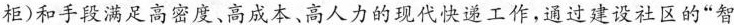
\underline{柜)和手段满足高密度、高成本、高人力的现代快递工作，通过建设社区的“智}